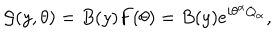
LaTeX: { \cal G } ( y , \theta ) = B ( y ) F ( \theta ) = B ( y ) e ^ { i \theta ^ { \alpha } Q _ { \alpha } } ,